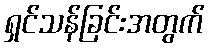
ရှင်သန်ခြင်းအတွက်